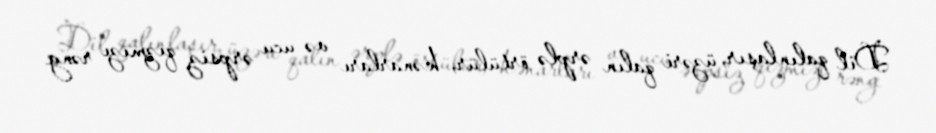
Dil qalınlaşır, üzəri qalın ərplə örtülür, kənarları və ucu ərpsiz qızmızı rəng